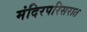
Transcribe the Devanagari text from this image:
मंदिरपरिसरात